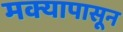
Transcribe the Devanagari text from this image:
मक्यापासून